Document type: Dowry acquittance
Year: 1427
Scribe: Pere Tarafa
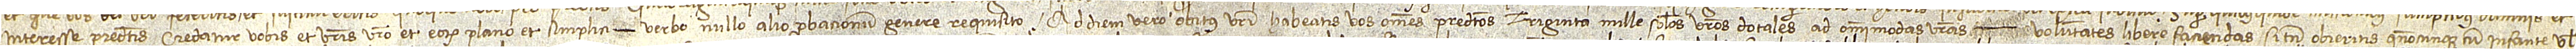
interesse predictis credatur vobis et vestris vestro et eorum plano et simplici  verbo, nullo alio probacionum genere requisito. Ad diem vero obitus vestri habeatis vos omnes predictos triginta mille solidos vestros dotales ad omnimodas vestras  voluntates libere faciendas. Si tamen obieritis quandocunque cum infante vel